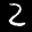
Digit: 2